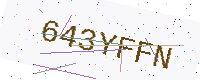
Text: 643YFFN